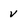
Character: v